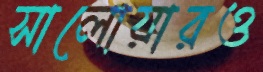
সালোয়ারও